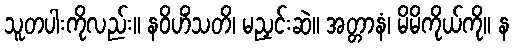
သူတပါးကိုလည်း။ နဝိဟိံသတိ၊ မညှင်းဆဲ။ အတ္တာနံ၊ မိမိကိုယ်ကို။ န